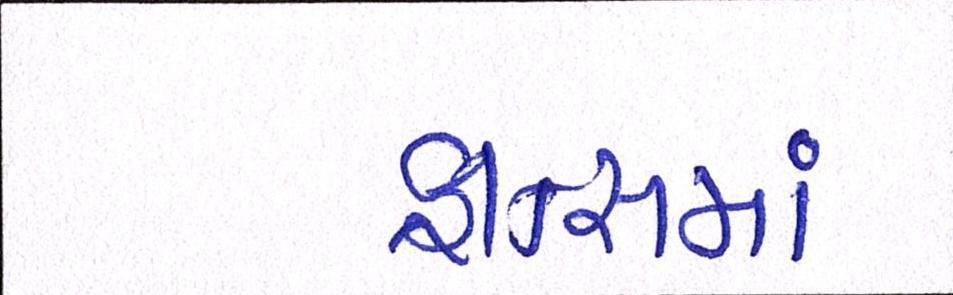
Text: ફ્રાન્સમાં